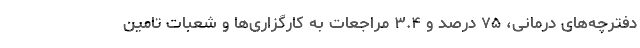
دفترچه‌های درمانی، ۷۵ درصد و ۳.۴ مراجعات به کارگزاری‌ها و شعبات تامین